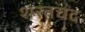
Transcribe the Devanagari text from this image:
शरतचंद